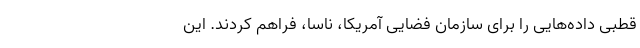
قطبی داده‌هایی را برای سازمان فضایی آمریکا، ناسا، فراهم کردند. این